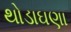
થોડાઘણા